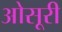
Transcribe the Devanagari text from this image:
ओसूरी